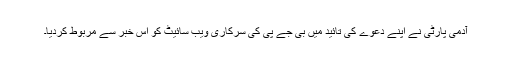
آدمی پارٹی نے اپنے دعوے کی تائید میں بی جے پی کی سرکاری ویب سائیٹ کو اس خبر سے مربوط کردیا۔